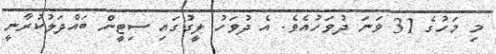
މި މަހުގެ 31 ވަނަ ދުވަހުއެވެ. އެ ދުވަހު ލީގުގައި ސިޓީން ބައްދަލުކުރާނީ